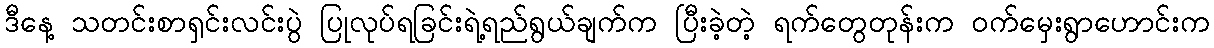
ဒီနေ့ သတင်းစာရှင်းလင်းပွဲ ပြုလုပ်ရခြင်းရဲ့ရည်ရွယ်ချက်က ပြီးခဲ့တဲ့ ရက်တွေတုန်းက ဝက်မှေးရွာဟောင်းက